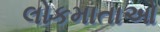
લોકમાતાઓ